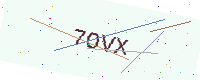
Text: 7OVX